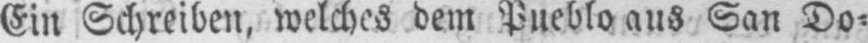
Ein Schreiben, welches dem Pueblo aus San Do⸗